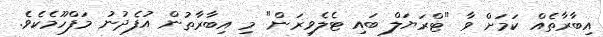
އިބާރާތެއް ކަމަށް ވާ "ޓްރަޔަލް ބައި ޓެލެވިޜަން" މި އިބާރާތުން އުފެދުނު މަފްހޫމެކެވެ.